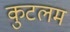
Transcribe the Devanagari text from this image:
कुटलम